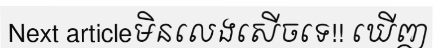
Next articleមិនលេងសើចទេ!! ឃើញ